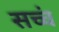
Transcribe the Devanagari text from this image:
सच्चं